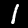
Label: 1